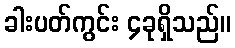
ခါးပတ်ကွင်း ၄ခုရှိသည်။